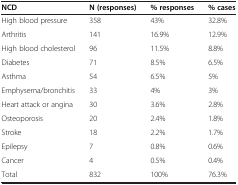
| NCD | N(responses) | % responses | % cases |
 | --- | --- | --- | --- |
 | High blood pressure | 358 | 43% | 32.8% |
 | Arthritis | 141 | 16.9% | 12.9% |
 | High blood cholesterol | 96 | 11.5% | 8.8% |
 | Diabetes | 71 | 8.5% | 6.5% |
 | Asthma | 54 | 6.5% | 5% |
 | Emphysema/bronchitis | 33 | 4% | 3% |
 | Heart attack or angina | 30 | 3.6% | 2.8% |
 | Osteoporosis | 20 | 2.4% | 1.8% |
 | Stroke | 18 | 2.2% | 1.7% |
 | Epilepsy | 7 | 0.8% | 0.6% |
 | Cancer | 4 | 0.5% | 0.4% |
 | Total | 832 | 100% | 76.3% |